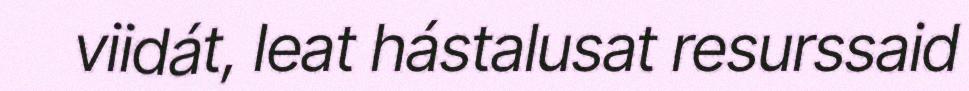
viidát, leat hástalusat resurssaid